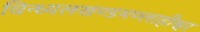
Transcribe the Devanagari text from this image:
विन्ध्यलखण्डमण्लाहीश्वर